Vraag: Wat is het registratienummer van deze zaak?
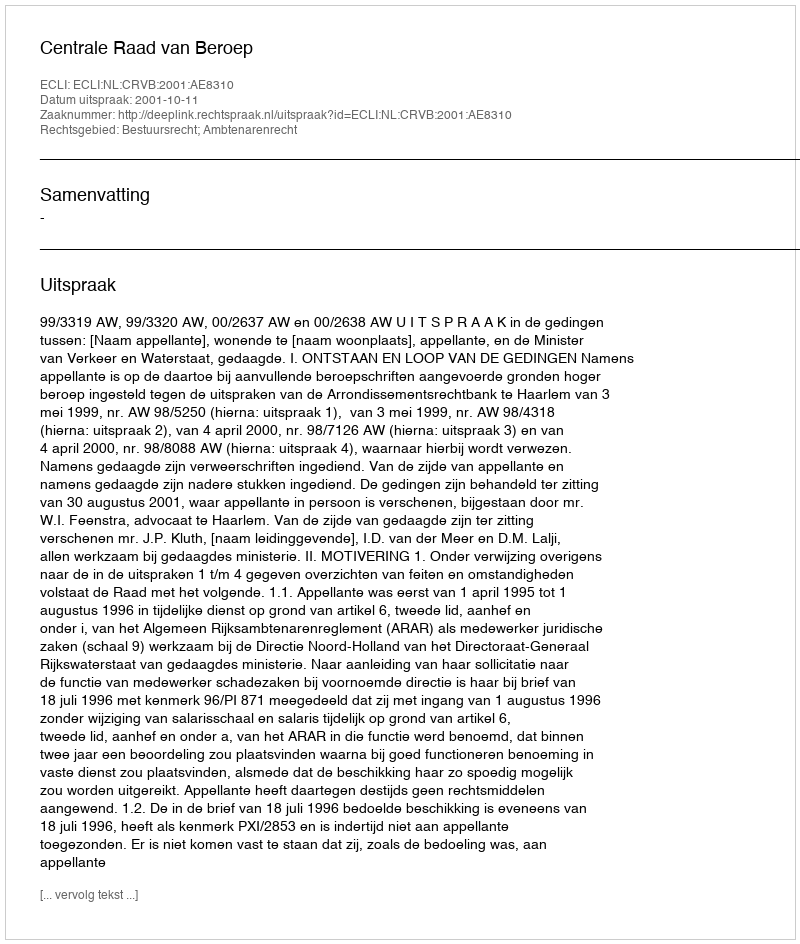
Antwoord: http://deeplink.rechtspraak.nl/uitspraak?id=ECLI:NL:CRVB:2001:AE8310